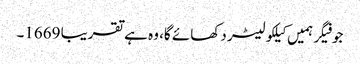
جو فیگر ہمیں کیلکولیٹر دکھائے گا، وہ ہے تقریبا 1669۔